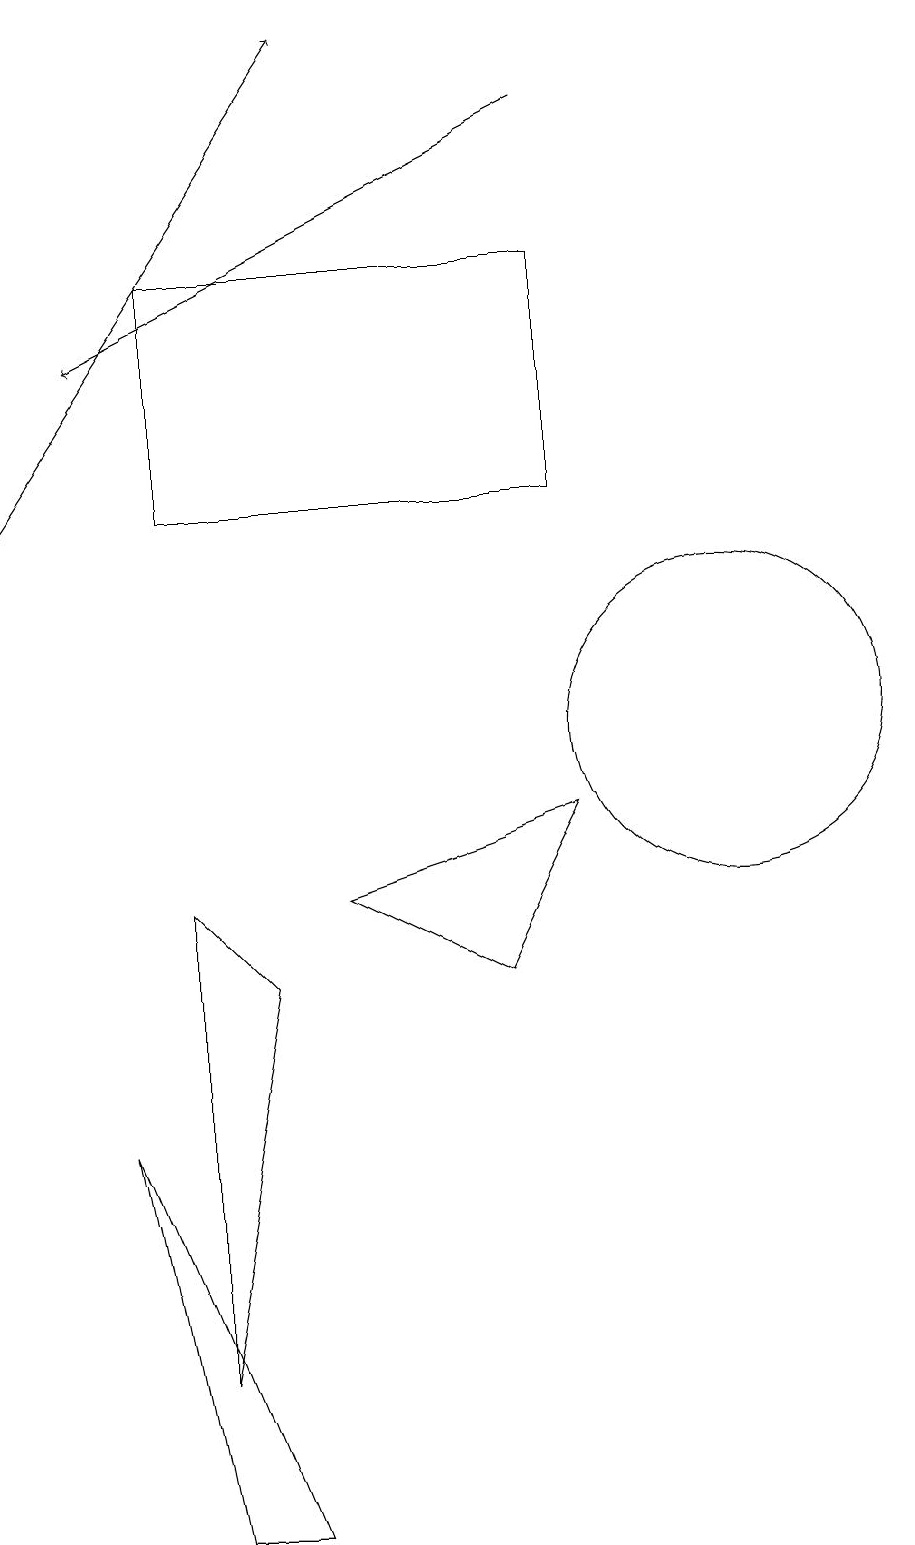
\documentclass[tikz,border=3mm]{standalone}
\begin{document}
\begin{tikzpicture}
\draw (4,7) -- (3,2) -- (3,8) -- cycle;
\draw[->] (8,18) -- (2,15);
\draw (10,10) circle (2);
\draw (8,9) -- (5,8) -- (7,7) -- cycle;
\draw[->] (1,13) -- (5,19);
\draw (2,5) -- (3,0) -- (4,0) -- cycle;
\draw (12,10) circle (0);
\draw (3,16) rectangle (8,13);
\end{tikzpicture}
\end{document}